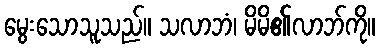
မွေးသောသူသည်။ သလာဘံ၊ မိမိ၏လာဘ်ကို။